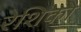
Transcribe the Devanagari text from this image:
रेशिको